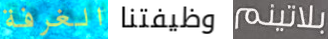
الغرفة وظيفتنا بلاتينم